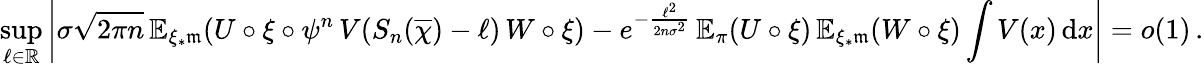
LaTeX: \operatorname*{sup}_{\ell\in\mathbb{R}}\left|\sigma\sqrt{2\pi n}\, {\mathbb{E}}_{\xi_{*}\mathfrak{m}}(U\circ\xi\circ\psi^{n}\, V(S_{n}(\overline{\chi})-\ell)\, W\circ\xi)-e^{-\frac{\ell^{2}}{2n\sigma^{2}}}\, {\mathbb{E}}_{\pi}(U\circ\xi)\, {\mathbb{E}}_{\xi_{*}\mathfrak{m}}(W\circ\xi)\int V(x)\, \mathrm{d}x\right|=o(1)\, .